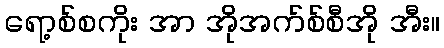
ရော့စ်စကိုး အာ အိုအက်စ်စီအို အီး။